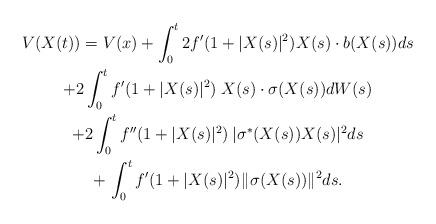
LaTeX: \begin{gather*}V(X(t)) = V(x) + \int_0^t 2 f'(1 + |X(s)|^2)^{} X(s) \cdot b(X(s)) ds \\ + 2 \int_0^t f'(1 + |X(s)|^2) \; X(s) \cdot \sigma(X(s)) dW(s) \\ + 2\int_0^t f''(1 + |X(s)|^2)^{} \, |\sigma^*(X(s)) X(s)|^2 ds\\+ \, \int_0^t f'(1 + |X(s)|^2)^{} \| \sigma(X(s)) \|^2 ds. \end{gather*}